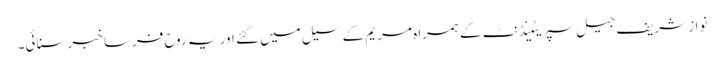
نواز شریف جیل سپریٹینڈنٹ کے ہمراہ مریم کے سیل میں گئے اور یہ روح فرسا خبر سنائی۔